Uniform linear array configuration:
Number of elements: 32
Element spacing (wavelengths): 1
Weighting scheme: uniform
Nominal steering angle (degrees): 30
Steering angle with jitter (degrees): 30.172
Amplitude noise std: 0.05
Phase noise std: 0.05

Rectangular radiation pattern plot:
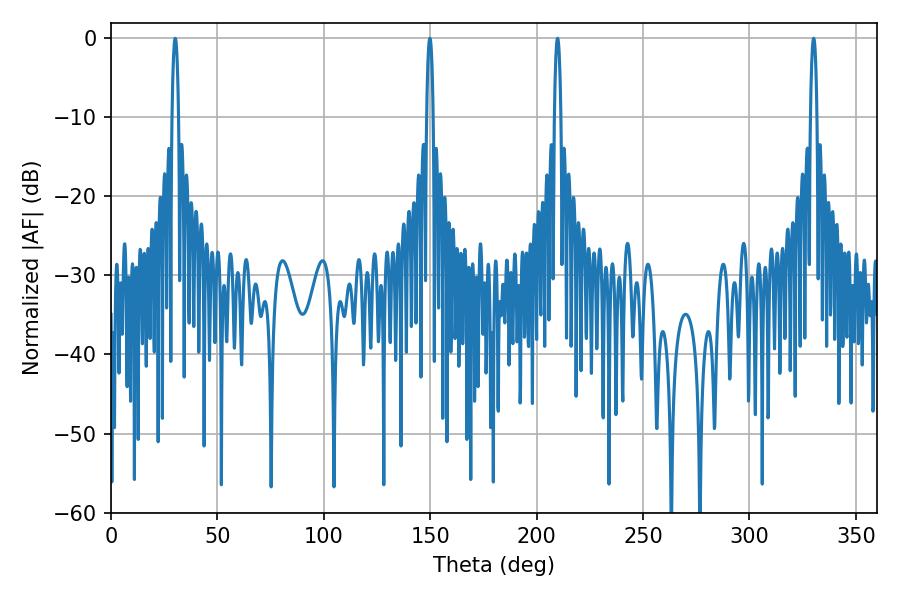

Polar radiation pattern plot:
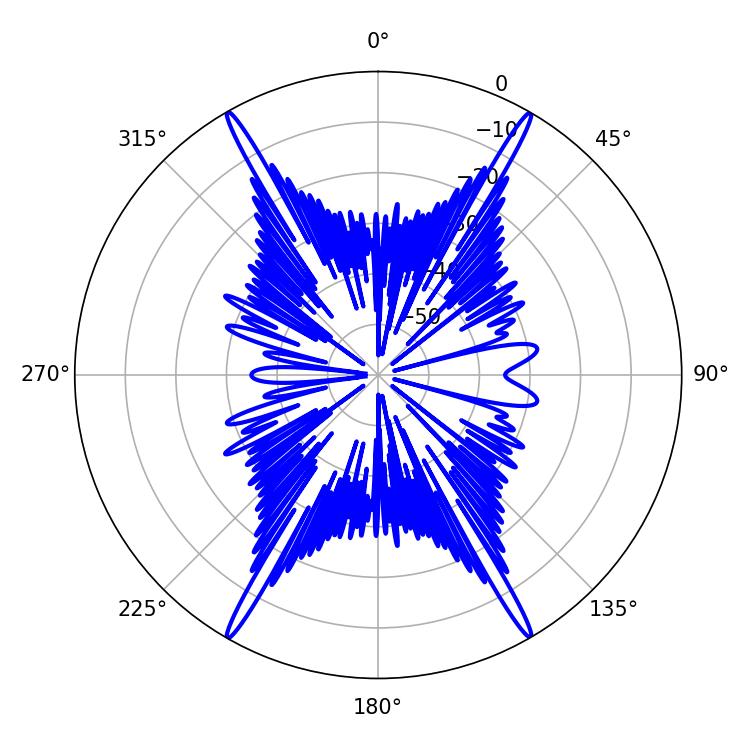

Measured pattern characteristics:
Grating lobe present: TRUE
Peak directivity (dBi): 34.164
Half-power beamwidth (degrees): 1.62
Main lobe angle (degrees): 330.12